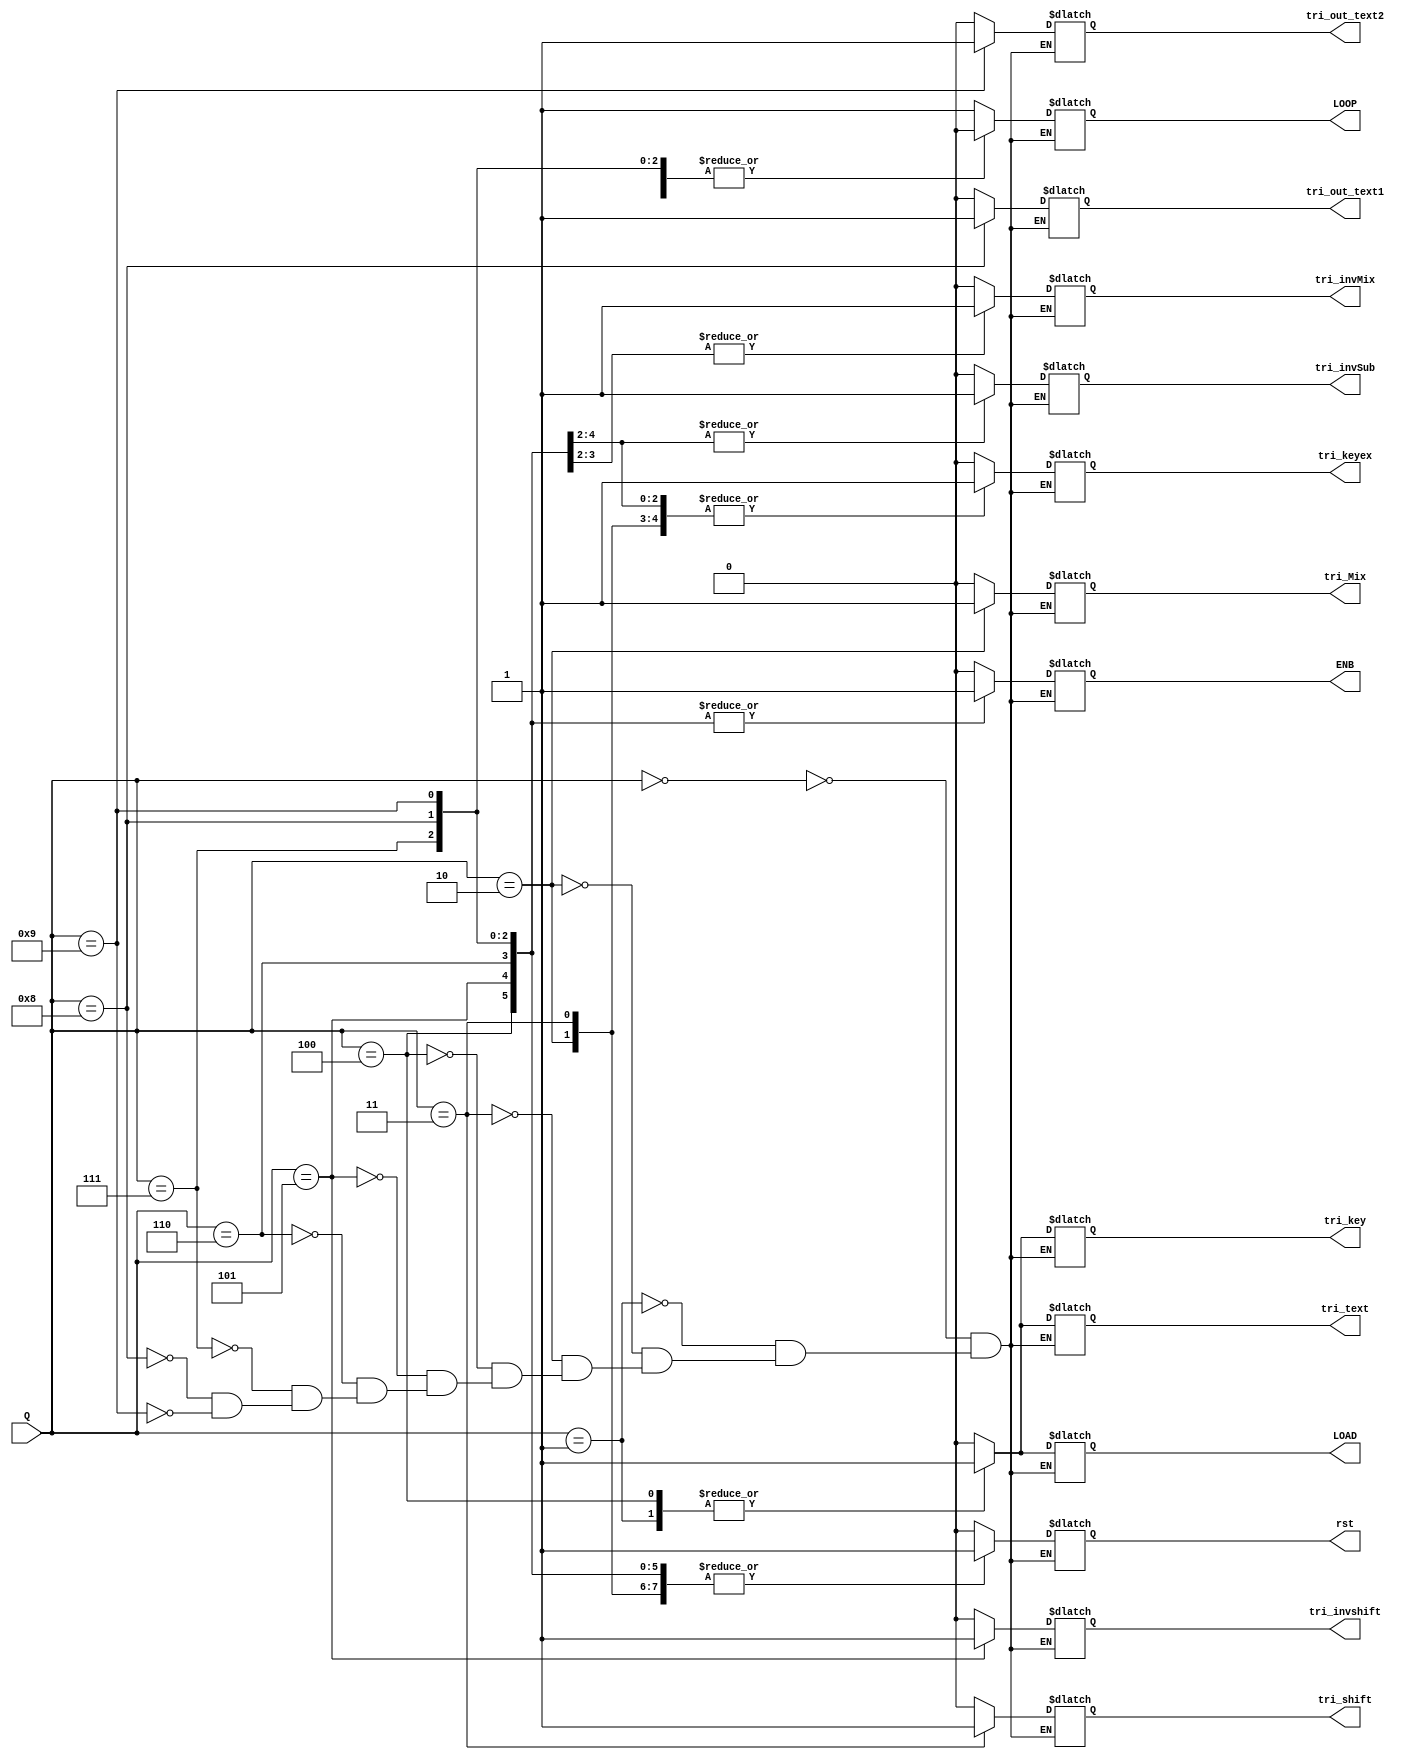
module OUTPUT(Q, ENB, LOAD,  rst, tri_text, tri_key, tri_keyex, tri_shift, tri_Mix, tri_invMix, tri_invshift, tri_invSub, tri_out_text1,tri_out_text2,LOOP);
  parameter [3:0] S0 = 4'b0000;
  parameter [3:0] S1 = 4'b0001;
  parameter [3:0] S2 = 4'b0010;
  parameter [3:0] S3 = 4'b0011;
  parameter [3:0] S4 = 4'b0100;
  parameter [3:0] S5 = 4'b0101;
  parameter [3:0] S6 = 4'b0110;
  parameter [3:0] S7 = 4'b0111;
  parameter [3:0] S8 = 4'b1000;/////
  parameter [3:0] S9 = 4'b1001;/////
  input [3:0] Q;
  output reg ENB,LOOP,tri_out_text2, LOAD, rst, tri_text, tri_key, tri_keyex, tri_shift, tri_Mix, tri_invMix, tri_invshift, tri_invSub, tri_out_text1;
  always @ (Q)
  begin
    case (Q)
      S0: begin
            ENB <= 0;
            LOAD <= 0;
            rst <= 0;
            tri_text <= 0;
            tri_key <= 0;
            tri_keyex <= 0;
            tri_shift <= 0;
            tri_Mix <= 0;
            tri_invMix <= 0;
            tri_invshift <= 0;
            tri_invSub <= 0;
            tri_out_text1 <= 0;
            tri_out_text2 <= 0;
            LOOP <= 1;
            
          end
      S1: begin
            ENB <= 0;
            LOAD <= 1;
            rst <= 1;
            tri_text <= 1;
            tri_key <= 1;
            tri_keyex <= 0;
            tri_shift <= 0;
            tri_Mix <= 0;
            tri_invMix <= 0;
            tri_invshift <= 0;
            tri_invSub <= 0;
            tri_out_text1 <= 0;
            tri_out_text2 <= 0;
            LOOP <= 1;
            
          end
      S2: begin
            ENB <= 0;
            LOAD <= 0;
            rst <= 1;
            tri_text <= 0;
            tri_key <= 0;
            tri_keyex <= 1;
            tri_shift <= 0;
            tri_Mix <= 1;
            tri_invMix <= 0;
            tri_invshift <= 0;
            tri_invSub <= 0;
            tri_out_text1 <= 0;
            tri_out_text2 <= 0;
            LOOP <= 1;
            
          end
      S3: begin
            ENB <= 0;
            LOAD <= 0;
            rst <= 1;
            tri_text <= 0;
            tri_key <= 0;
            tri_keyex <= 1;
            tri_shift <= 1;
            tri_Mix <= 0;
            tri_invMix <= 0;
            tri_invshift <= 0;
            tri_invSub <= 0;
            tri_out_text1 <= 0;
            tri_out_text2 <= 0;
            LOOP <= 0;
            
          end
      S4: begin
            ENB <= 1;
            LOAD <= 1;
            rst <= 1;
            tri_text <= 1;
            tri_key <= 1;
            tri_keyex <= 0;
            tri_shift <= 0;
            tri_Mix <= 0;
            tri_invMix <= 0;
            tri_invshift <= 0;
            tri_invSub <= 0;
            tri_out_text1 <= 0;
            tri_out_text2 <= 0;
            LOOP <= 1;
            
          end
      S5: begin
            ENB <= 1;
            LOAD <= 0;
            rst <= 1;
            tri_text <= 0;
            tri_key <= 0;
            tri_keyex <= 1;
            tri_shift <= 0;
            tri_Mix <= 0;
            tri_invMix <= 0;
            tri_invshift <= 1;
            tri_invSub <= 1;
            tri_out_text1 <= 0;
            tri_out_text2 <= 0;
            LOOP <= 1;
            
          end
      S6: begin
            ENB <= 1;
            LOAD <= 0;
            rst <= 1;
            tri_text <= 0;
            tri_key <= 0;
            tri_keyex <= 1;
            tri_shift <= 0;
            tri_Mix <= 0;
            tri_invMix <= 1;
            tri_invshift <= 0;
            tri_invSub <= 1;
            tri_out_text1 <= 0;
            tri_out_text2 <= 0;
            LOOP <= 1;
           
          end
      S7: begin
            ENB <= 1;
            LOAD <= 0;
            rst <= 1;
            tri_text <= 0;
            tri_key <= 0;
            tri_keyex <= 1;
            tri_shift <= 0;
            tri_Mix <= 0;
            tri_invMix <= 1;
            tri_invshift <= 0;
            tri_invSub <= 1;
            tri_out_text1 <= 0;
            tri_out_text2 <= 0;
            LOOP <= 0;
            
          end
      S8: begin
            ENB <= 1;
            LOAD <= 0;
            rst <= 1;
            tri_text <= 0;
            tri_key <= 0;
            tri_keyex <= 0;
            tri_shift <= 0;
            tri_Mix <= 0;
            tri_invMix <= 0;
            tri_invshift <= 0;
            tri_invSub <= 0;
            tri_out_text1 <= 1;
            tri_out_text2 <= 0;
            LOOP <= 0;
            
          end
      S9: begin
            ENB <= 1;
            LOAD <= 0;
            rst <= 1;
            tri_text <= 0;
            tri_key <= 0;
            tri_keyex <= 0;
            tri_shift <= 0;
            tri_Mix <= 0;
            tri_invMix <= 0;
            tri_invshift <= 0;
            tri_invSub <= 0;
            tri_out_text1 <= 0;
            tri_out_text2 <= 1;
            LOOP <= 0;
            
          end
    endcase
  end
endmodule